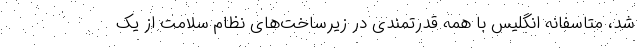
شد، متاسفانه انگلیس با همه قدرتمندی در زیرساخت‌های نظام سلامت از یک